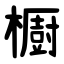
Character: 櫉